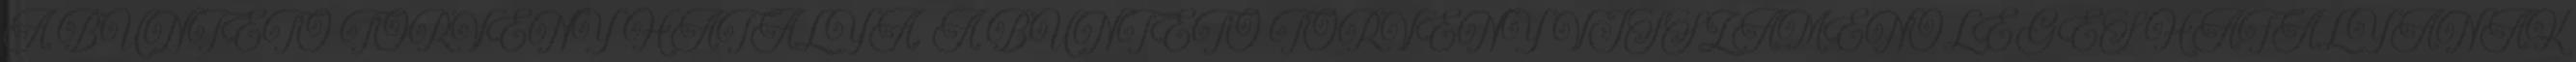
A BÜNTETŐ TÖRVÉNY HATÁLYA, A BÜNTETŐ TÖRVÉNY VISSZAMENŐLEGES HATÁLYÁNAK